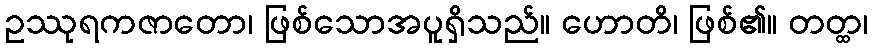
ဥဿုရကဇာတော၊ ဖြစ်သောအပူရှိသည်။ ဟောတိ၊ ဖြစ်၏။ တတ္ထ၊